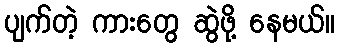
ပျက်တဲ့ ကားတွေ ဆွဲဖို့ နေမယ်။